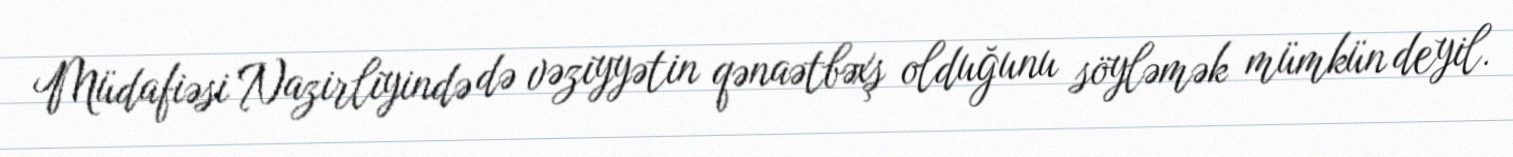
Müdafiəsi Nazirliyində də vəziyyətin qənaətbəxş olduğunu söyləmək mümkün deyil.